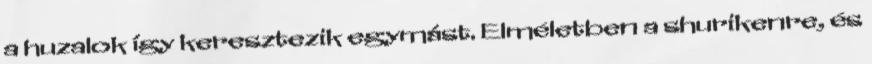
a huzalok így keresztezik egymást. Elméletben a shurikenre, és